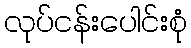
လုပ်ငန်းပေါင်းစုံ